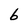
Character: b